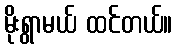
မိုးရွာမယ် ထင်တယ်။